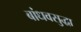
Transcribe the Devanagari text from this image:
बांधवसुद्धा